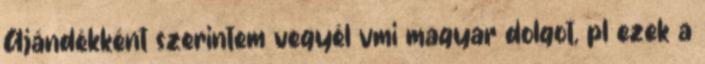
Ajándékként szerintem vegyél vmi magyar dolgot, pl ezek a